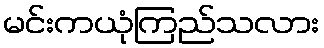
မင်းကယုံကြည်သလား